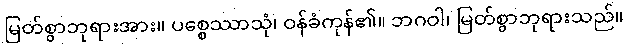
မြတ်စွာဘုရားအား။ ပစ္စေဿာသုံ၊ ဝန်ခံကုန်၏။ ဘဂဝါ၊ မြတ်စွာဘုရားသည်။